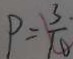
P = \frac { 3 } { 1 0 }